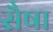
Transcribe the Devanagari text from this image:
सैषा